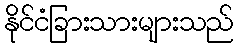
နိုင်ငံခြားသားများသည်